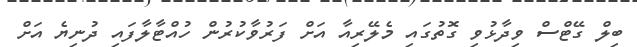
ބިލް ގޭޓްސް ވިދާޅުވި ގޮތުގައި މެލޭރިއާ އަށް ފަރުވާކުރުން ހުއްޓާލާފައި ދުނިޔެ އަށް